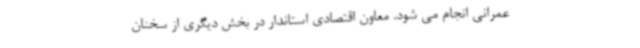
عمرانی انجام می شود. معاون اقتصادی استاندار در بخش دیگری از سخنان